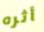
أثره